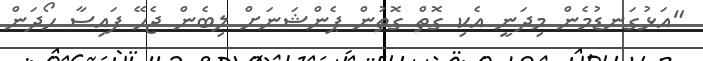
"އަޅުގަނޑުމެން މިދަނީ އެކި ގޮތް ގޮތުން ޕެންޝަނަށް ލިބެން ޖެހޭ ފައިސާ ހޯދަން